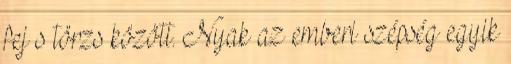
fej s törzs között. Nyak az emberi szépség egyik